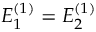
E _ { 1 } ^ { ( 1 ) } = E _ { 2 } ^ { ( 1 ) }